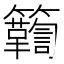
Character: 𮆾